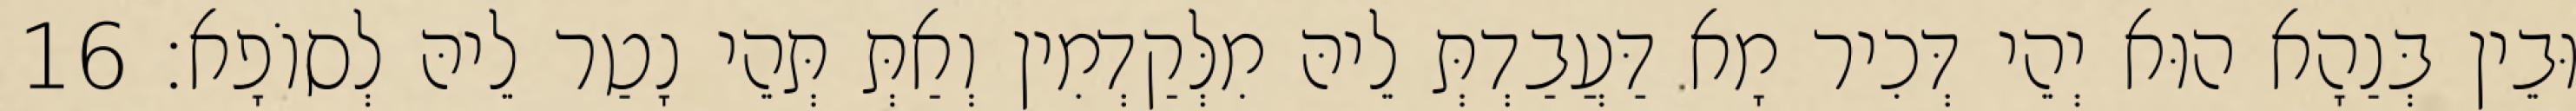
וּבֵין בְּנַהָא הוּא יְהֵי דְּכִיר מָא דַּעֲבַדְתְּ לֵיהּ מִלְּקַדְמִין וְאַתְּ תְּהֵי נָטַר לֵיהּ לְסוֹפָא׃ 16